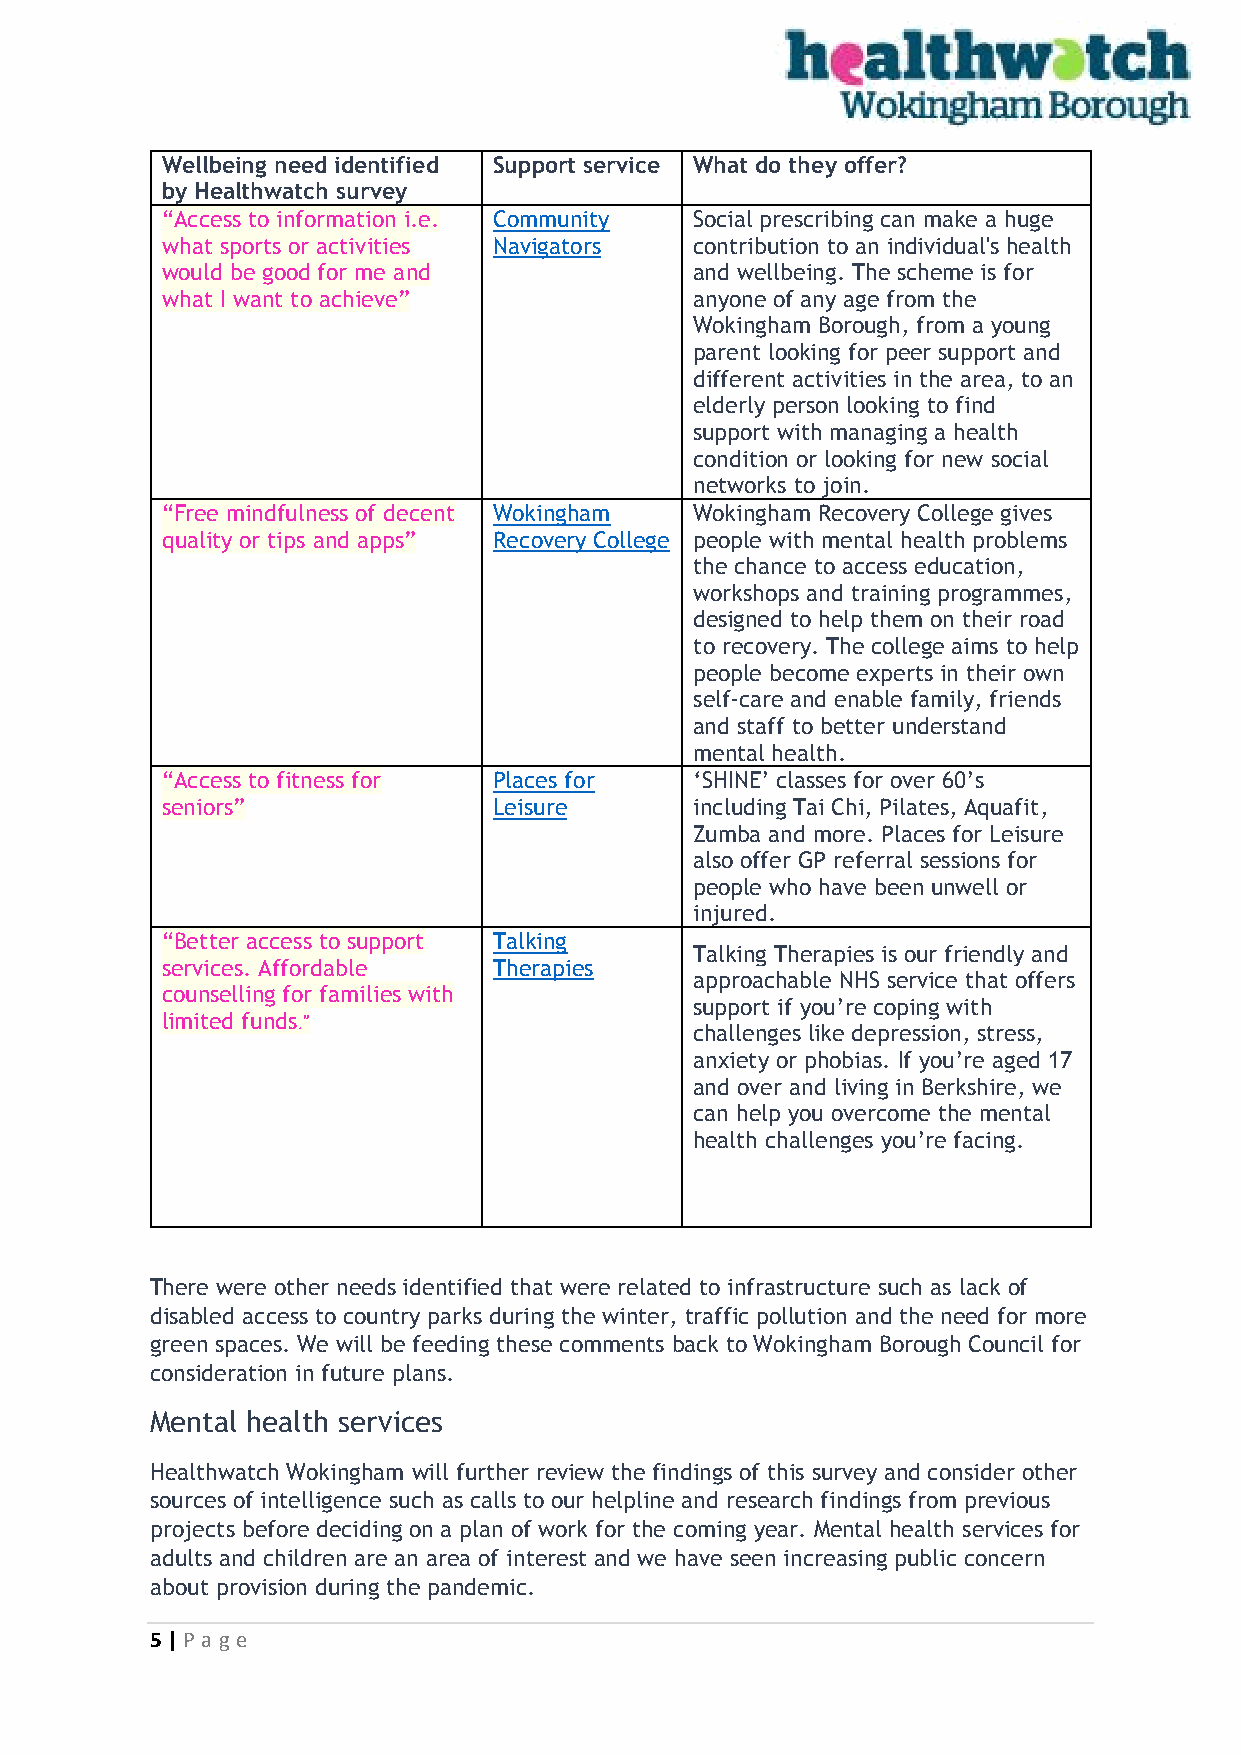
Wellbeing need identified Support service What do they offer?
 by Healthwatch survey
 “Access to information i.e. Community Social prescribing can make a huge
 what sports or activities Navigators contribution to an individual's health
 would be good for me and           and wellbeing. The scheme is for
 what I want to achieve”            anyone of any age from the
 Wokingham Borough, from a young
 parent looking for peer support and
 different activities in the area, to an
 elderly person looking to find
 support with managing a health
 condition or looking for new social
 networks to join.
 “Free mindfulness of decent Wokingham Wokingham Recovery College gives
 quality or tips and apps” Recovery College people with mental health problems
 the chance to access education,
 workshops and training programmes,
 designed to help them on their road
 to recovery. The college aims to help
 people become experts in their own
 self-care and enable family, friends
 and staff to better understand
 mental health.
 “Access to fitness for Places for  ‘SHINE’ classes for over 60’s
 seniors”              Leisure      including Tai Chi, Pilates, Aquafit,
 Zumba and more. Places for Leisure
 also offer GP referral sessions for
 people who have been unwell or
 injured.
 “Better access to support Talking
 Talking Therapies is our friendly and
 services. Affordable  Therapies
 approachable NHS service that offers
 counselling for families with
 support if you’re coping with
 limited funds.”
 challenges like depression, stress,
 anxiety or phobias. If you’re aged 17
 and over and living in Berkshire, we
 can help you overcome the mental
 health challenges you’re facing.
 There were other needs identified that were related to infrastructure such as lack of
 disabled access to country parks during the winter, traffic pollution and the need for more
 green spaces. We will be feeding these comments back to Wokingham Borough Council for
 consideration in future plans.
 Mental health services
 Healthwatch Wokingham will further review the findings of this survey and consider other
 sources of intelligence such as calls to our helpline and research findings from previous
 projects before deciding on a plan of work for the coming year. Mental health services for
 adults and children are an area of interest and we have seen increasing public concern
 about provision during the pandemic.
 5 | P age